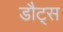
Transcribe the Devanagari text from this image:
डौट्स